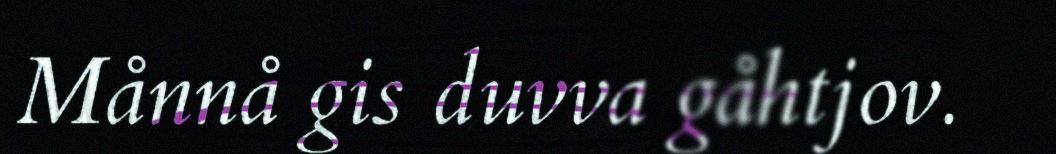
Månnå gis duvva gåhtjov.